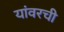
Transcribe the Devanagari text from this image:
यांवरची